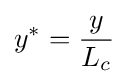
y^{*}={\frac {y}{L_{c}}}